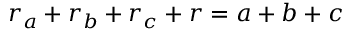
\displaystyle r _ { a } + r _ { b } + r _ { c } + r = a + b + c